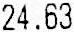
24.63